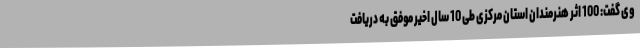
وی گفت: 100 اثر هنرمندان استان مرکزی طی 10 سال اخیر موفق به دریافت